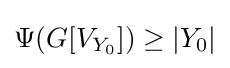
\Psi (G[V_{Y_{0}}])\geq |Y_{0}|